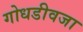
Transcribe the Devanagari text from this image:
गोधडीवजा